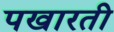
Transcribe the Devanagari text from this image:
पखारती